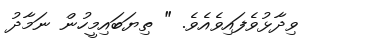
ވިދާޅުވެފައިވެއެވެ. " ތިޔަބައިމީހުން ނަމާދު